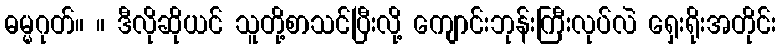
ဓမ္မဂုတ်။ ။ ဒီလိုဆိုယင် သူတို့စာသင်ပြီးလို့ ကျောင်းဘုန်းကြီးလုပ်လဲ ရှေးရိုးအတိုင်း